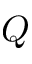
Q